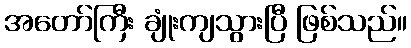
အတော်ကြီး ချုံးကျသွားပြီ ဖြစ်သည်။